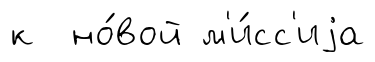
к но́вой м'и́сс'иjа